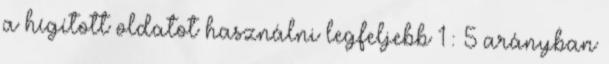
a hígított oldatot használni legfeljebb 1 : 5 arányban